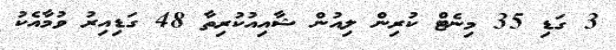
3 ގަޑި 35 މިނެޓް ކުރިން ލިއުން ޝާއިއުކުރިތާ 48 ގަޑިއިރު ވުމާއެކު